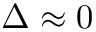
\Delta \approx 0